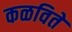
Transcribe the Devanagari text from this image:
कळविते